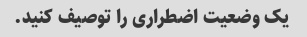
یک وضعیت اضطراری را توصیف کنید.